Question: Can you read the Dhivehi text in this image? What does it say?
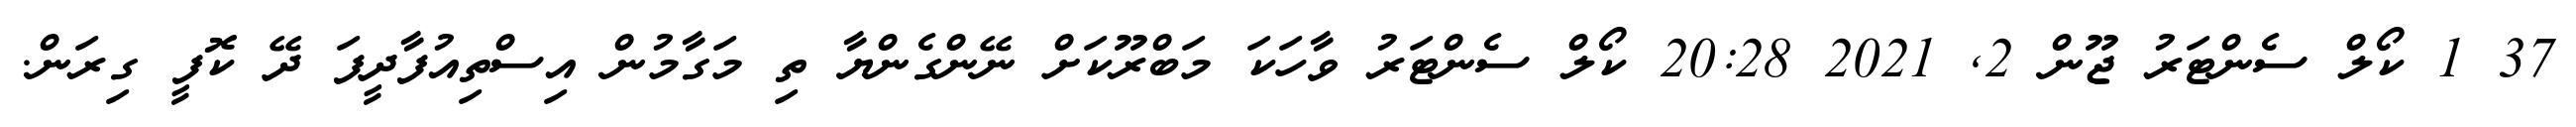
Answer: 37 1 ކޯލް ސެންޓަރު ޖޫން 2, 2021 20:28 ކޯލް ސެންޓަރު ވާހަކަ މަބްރޫކަށް ނޭންގެންޔާ ތި މަގާމުން އިސްތިއުފާދީފަ ދޭ ކޮފީ ގިރަން.